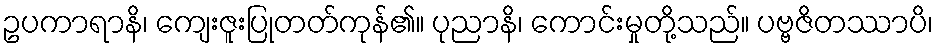
ဥပကာရာနိ၊ ကျေးဇူးပြုတတ်ကုန်၏။ ပုညာနိ၊ ကောင်းမှုတို့သည်။ ပဗ္ဗဇိတဿာပိ၊